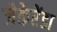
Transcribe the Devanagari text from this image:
जेकेरेंडा